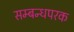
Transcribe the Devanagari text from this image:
सम्बन्धपरक